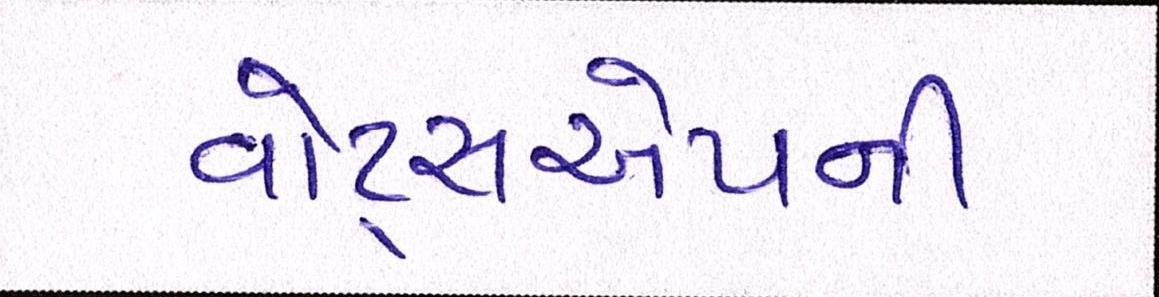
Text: વોટ્સએપની